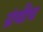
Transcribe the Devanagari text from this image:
ग्रंथीच